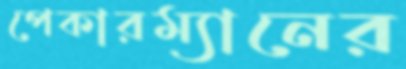
পেকারম্যানের